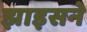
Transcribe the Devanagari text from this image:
झाइसने